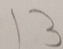
1 3